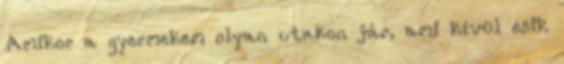
Amikor a gyermekem olyan utakon jár, ami kívül esik